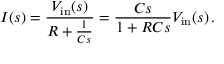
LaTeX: I ( s ) = { \frac { V _ { \mathrm { i n } } ( s ) } { R + { \frac { 1 } { C s } } } } = { \frac { C s } { 1 + R C s } } V _ { \mathrm { i n } } ( s ) \, .